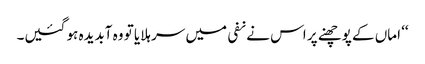
‘‘ اماں کے پوچھنے پر اس نے نفی میں سر ہلایا تو وہ آبدیدہ ہو گئیں۔